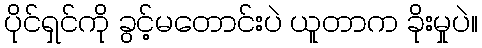
ပိုင်ရှင်ကို ခွင့်မတောင်းပဲ ယူတာက ခိုးမှုပဲ။